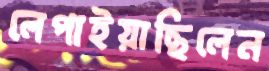
লেপাইয়াছিলেন